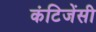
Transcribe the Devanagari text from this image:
कंटिजेंसी